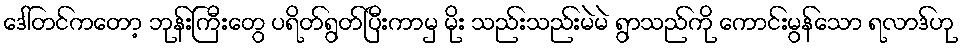
ဒေါ်တင်ကတော့ ဘုန်းကြီးတွေ ပရိတ်ရွတ်ပြီးကာမှ မိုး သည်းသည်းမဲမဲ ရွာသည်ကို ကောင်းမွန်သော ရလာဒ်ဟု